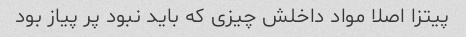
پیتزا اصلا مواد داخلش چیزی که باید نبود پر پیاز بود